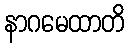
နာဂမေထာတိ